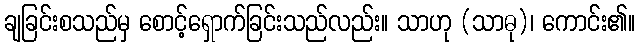
ချခြင်းစသည်မှ စောင့်ရှောက်ခြင်းသည်လည်း။ သာဟု (သာဓု)၊ ကောင်း၏။